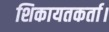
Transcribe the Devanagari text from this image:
शिकायतकर्ता।